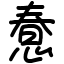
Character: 惷